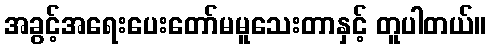
အခွင့်အရေးပေးတော်မမူသေးတာနှင့် တူပါတယ်။